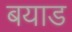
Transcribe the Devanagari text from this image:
बयाड